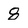
Character: 8